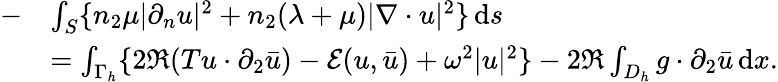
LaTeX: \begin{array}{rl}{-}&{\int_{S}\{ n_{2}\mu|\partial_{n}u|^{2}+n_{2}(\lambda+\mu)|\nabla\cdot u|^{2}\} \, \mathrm{d}s}\\ &{=\int_{\Gamma_{h}}\{ 2\Re(Tu\cdot\partial_{2}\bar{u})-\mathcal{E}(u,\bar{u})+\omega^{2}|u|^{2}\} -2\Re\int_{D_{h}}g\cdot\partial_{2}\bar{u}\, \mathrm{d}x.}\end{array}